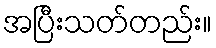
အပြီးသတ်တည်း။